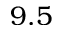
9 . 5